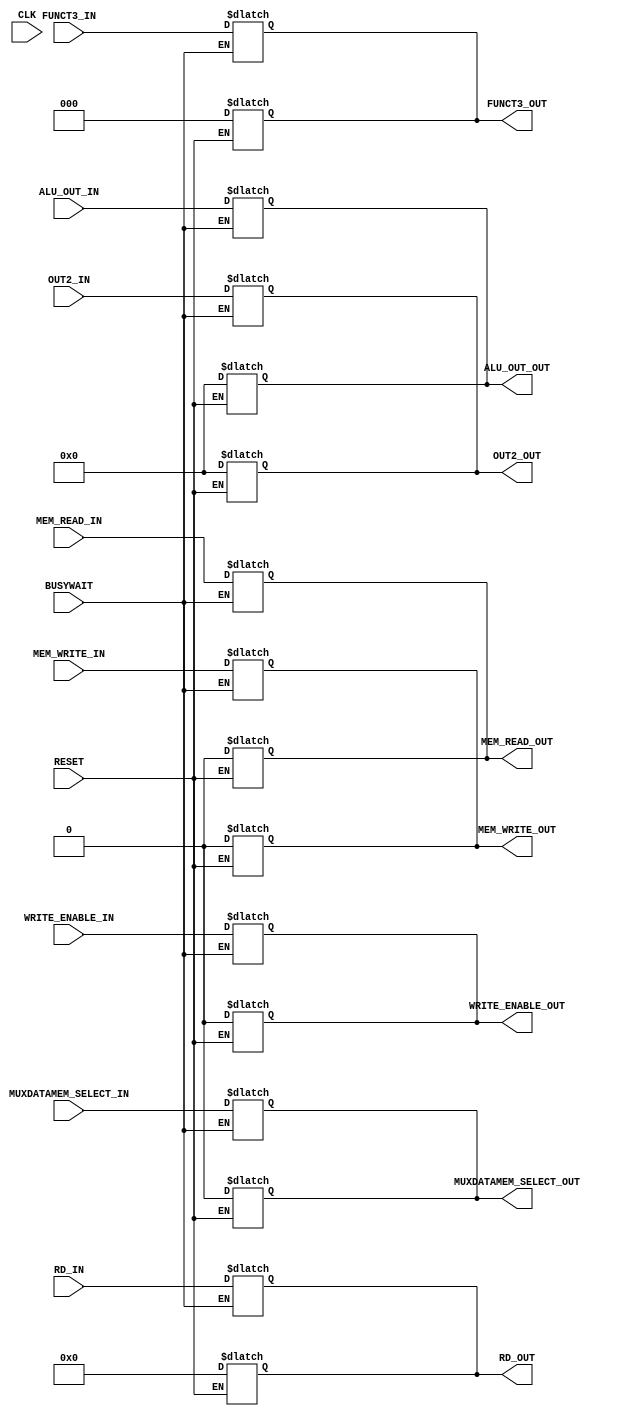
module EX_MEM_register(
	CLK,
	RESET,
	WRITE_ENABLE_IN,
	MUXDATAMEM_SELECT_IN,
	MEM_READ_IN,
	MEM_WRITE_IN,
	ALU_OUT_IN,
	OUT2_IN,
	RD_IN,
	FUNCT3_IN,
	WRITE_ENABLE_OUT,
	MUXDATAMEM_SELECT_OUT,
	MEM_READ_OUT,
	MEM_WRITE_OUT,
	ALU_OUT_OUT,
	OUT2_OUT,
	RD_OUT,
	FUNCT3_OUT,
	BUSYWAIT
);
	//port declarations
	
	input CLK, RESET, WRITE_ENABLE_IN, MUXDATAMEM_SELECT_IN, MEM_READ_IN, MEM_WRITE_IN, BUSYWAIT;
	input [2:0] FUNCT3_IN;
	input [4:0] RD_IN;
	input [31:0] ALU_OUT_IN, OUT2_IN;
	
	output reg WRITE_ENABLE_OUT, MUXDATAMEM_SELECT_OUT, MEM_READ_OUT, MEM_WRITE_OUT;
	output reg [2:0] FUNCT3_OUT;
	output reg [4:0] RD_OUT;
	output reg [31:0] ALU_OUT_OUT, OUT2_OUT;
	
	
	
	// reset the registers
    always @ (*) begin
        if (RESET) begin
            #1;
            WRITE_ENABLE_OUT = 1'd0;
			MUXDATAMEM_SELECT_OUT = 1'd0;
			MEM_READ_OUT = 1'd0;
			MEM_WRITE_OUT = 1'd0;
			FUNCT3_OUT = 3'd0;
			RD_OUT = 5'd0;
			ALU_OUT_OUT = 32'd0;
			OUT2_OUT = 32'd0;
        end
    end
	
	// input data tranmits to outputs at the positive edge of the clock
	// Assignments to outputs happen simultaneously
		always @ (*) begin
        if (BUSYWAIT == 1'b0 ) begin
			#2
            WRITE_ENABLE_OUT <= WRITE_ENABLE_IN;
			MUXDATAMEM_SELECT_OUT <= MUXDATAMEM_SELECT_IN;
			MEM_READ_OUT <= MEM_READ_IN;
			MEM_WRITE_OUT <= MEM_WRITE_IN;
			FUNCT3_OUT <= FUNCT3_IN;
			RD_OUT <= RD_IN;
			ALU_OUT_OUT <= ALU_OUT_IN;
			OUT2_OUT <= OUT2_IN;
        end
    end

endmodule